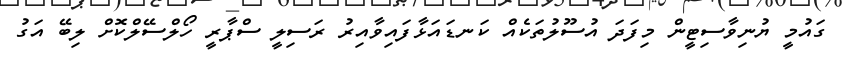
ގައުމީ ޔުނިވާސިޓީން މިފަދަ އުސޫލުތަކެއް ކަނޑައަޅާފައިވާއިރު ރަސިލީ ސްޕާރީ ހޯލްސޭލްކޮށް ލިބޭ އަގު